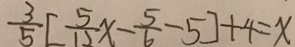
\frac { 3 } { 5 } [ \frac { 5 } { 1 2 } x - \frac { 5 } { 6 } - 5 ] + 4 = x